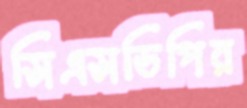
সিএসডিপির